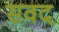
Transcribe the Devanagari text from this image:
सवद